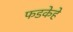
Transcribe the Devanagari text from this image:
फडकेहे